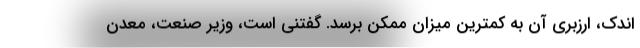
اندک، ارزبری آن به کمترین میزان ممکن برسد. گفتنی است، وزیر صنعت، معدن